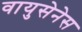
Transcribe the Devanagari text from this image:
वायुसेनेस